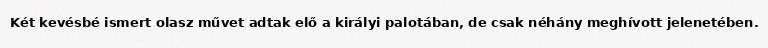
Két kevésbé ismert olasz művet adtak elő a királyi palotában, de csak néhány meghívott jelenetében.